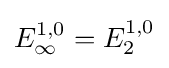
E_{\infty }^{1,0}=E_{2}^{1,0}